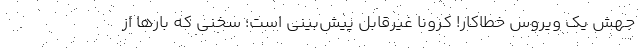
جهش یک ویروسِ خطاکار! کرونا غیرقابل پیش‌بینی است؛ سخنی که بارها از